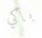
باكي